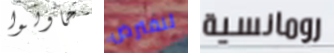
حاولوا لنفترض رومانسية